Annual report on the health of the army in India
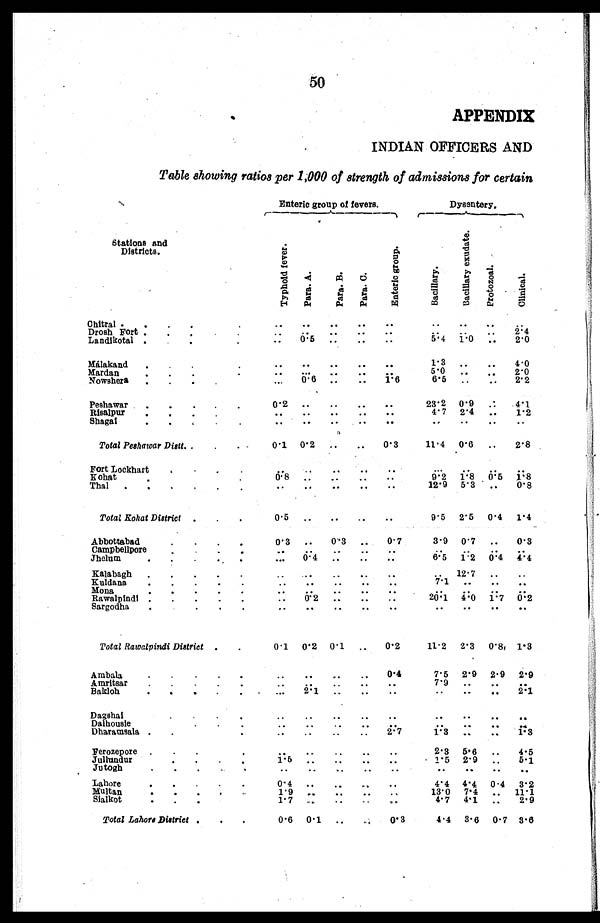
50
APPENDIX
INDIAN OFFICERS AND
Table showing ratios per 1,000 of strength of admissions for certain
Stations and
Districts.
Enteric group of fevers.
Dysentery.
T y p h o l d f e v e r .
P a r a . A .
Pa r a . B. Pa r a . C.
E n t e r i c g r o u p .
Ba c i l l a r y.
B a c i l l a r y e x u d a t e . P r o t o z o a l .
Cl i ni cal .
Chitral .
.
.
. . .
. .
..
..
. .
..
. . ..
..
..
Drosh Fort .
. . .
. .
..
..
..
..
. .
. . ..
2.4
Landikotal .
.
. . .
. . 0 . 5 .. ..
. .
5 . 4 1.0 ..
2.0
Malakand .
.
.
. .
..
..
..
. .
..
1.3 ..
..
4.0
Mardan . . . .
. .
.. ..
. .
..
5.0 ..
..
2.0
Nowshera .
.
.
.
.. 0.6 ..
..
1.6
6 . 5 ..
..
2.2
Peshawar .
.
.
.
.
0.2
. . .. ..
. .
23.2 0.9 ..
4.1
RisalPur .
. . . .
. .
..
..
. .
..
4.7 2.4 ..
1.2
Shagal . . . . .
. .
..
..
. .
..
. .
..
..
..
Total Peshawar Distt. . . .. . .
0.1 0.2 ..
..
0.3
11.4 0.6 ..
2.8
Fort Lockhart
.
.
..
. . .. ..
. .
. . .
. .
. . ..
Kohat .
0 . 8
. .
..
..
..
9.2 1.8 0 . 5
1.8
Thal .
. . .
. .
..
..
..
. .
12.9 5.3
. . 0 8
Total Kohat District
. . . .
0 . 5
. . .. ..
. .
9.5 2.5 0.4 1.4
Abbottabad . . . . .
0.3 ..
0.3 ..
0.7
3.9 0.7 ..
0.3
Campbellpore
-
. . .
..
..
..
..
..
. . ..
.. ..
Jhelum . . . . .
... 0.4 ..
..
. .
6.5 1.2 0.4 4.4
Kalabagh .
.
.
.
.
..
..
..
..
. .
. . 12.7
.. ..
Kuldana
.
.
.
.
.
. .
. .
..
..
. .
7.1 ..
..
..
Mona . . . . .
..
..
..
..
..
. . ..
.. ..
Rawalpindi .
.
.
.
.
. .
0 . 2 .. ..
. .
2 0 . 1 4.0
1.70.2
Sargodha
. . . .
..
. .
..
. .
. .
. .
. .
. .
. .
Total Rawalpindi District .
.
0.1 0.2 0.1 .. 0.2
11.2 2.3 0.8 1.3
A mbala . . . . .
..
. . .. ..
0.4
7.5 2.9 2.9 2.9
Amritsar
.
.
.
.
..
..
..
..
..
7.9
. .
. .
. .
Bakloh . . . . .
..
2.1 ..
..
. .
. . .. ..
2.1
Dagshai. . . .
..
..
..
..
. .
. .
. .
. .
. .
Dalhousie
. . . . .
. .
. .
. .
. .
. .
. . ..
. .
..
Dharamsala .
.
.
. .
. . ..
..
2.7
1.3 .. ..
1. 3
Ferozepore .
. . .
. . . .
. .
. .
. .
2 . 3 5.6 ..
4.5
Jullundur . . . .
1 . 5
..
..
..
..
1.5 2.9 ..
5.1
Jutogh
. . . .
..
..
..
. .
..
. .
. .
. .
. .
Lahore.
. . .
0 . 4
..
.. ..
..
4 . 4 4.4 0.4
3. 2
Multan . . . .
1 . 9
. .
. .
..
. .
13.0 7.4 .. 11.1
Sialkot
. . .
1 . 7
. .
. .
..
. .
4.7 4.1 ..
2.9
Total Lahore District .
.
.
0.6 0.1
. . ..
0.3
4.4 3.6 0.7 3.6